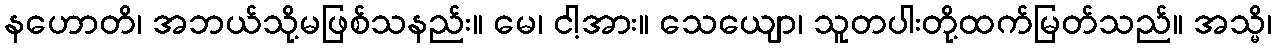
နဟောတိ၊ အဘယ်သို့မဖြစ်သနည်း။ မေ၊ ငါ့အား။ သေယျော၊ သူတပါးတို့ထက်မြတ်သည်။ အသ္မိ၊